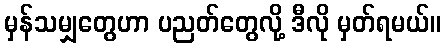
မှန်သမျှတွေဟာ ပညတ်တွေလို့ ဒီလို မှတ်ရမယ်။